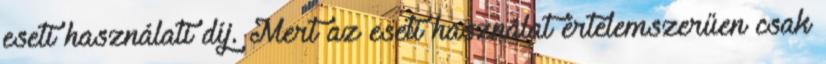
eseti használati díj. Mert az eseti használat értelemszerűen csak